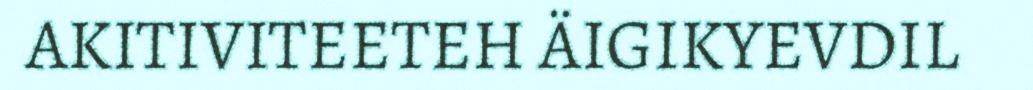
AKITIVITEETEH ÄIGIKYEVDIL